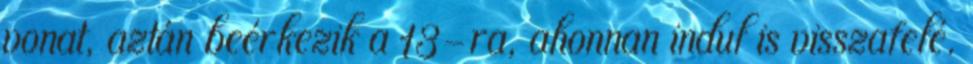
vonat, aztán beérkezik a 13-ra, ahonnan indul is visszafelé.